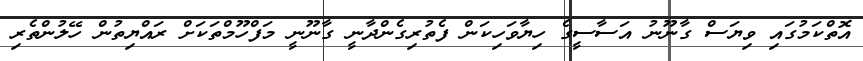
އޮތްކަމުގައި ވިޔަސް ގާނޫނު އަސާސީގެ ހިޔާވަހިކަން ފެތުރިގެންދާނީ ގާނޫނީ މަފްހޫމްތަކަށް ރައްޔިތުން ހޭލުންތެރި